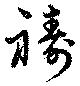
祷